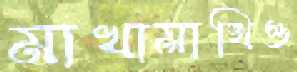
মাখামাখিও